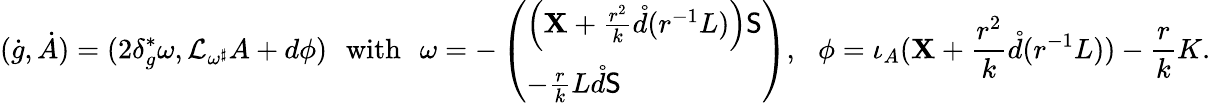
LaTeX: (\dot{g},\dot{A})=(2\delta_{g}^{*}\omega,\mathcal{L}_{\omega^{\sharp}}A+d\phi)\quad\! \! \mathrm{with}\quad\! \! \omega=-\left(\begin{array}{l}{\Bigl(\mathbf{X}+\frac{r^{2}}{k}\mathring{d}(r^{-1}L)\Bigr)\mathsf{S}}\\ {-\frac{r}{k}L\mathring{d}\mathsf{S}}\end{array}\right),\quad\! \! \phi=\iota_{A}(\mathbf{X}+\frac{r^{2}}{k}\mathring{d}(r^{-1}L))-\frac{r}{k}K.